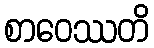
စာဝေဿတိ